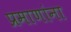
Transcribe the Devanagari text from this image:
प्रमाणांना